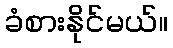
ခံစားနိုင်မယ်။